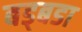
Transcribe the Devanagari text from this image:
बड्बडा